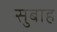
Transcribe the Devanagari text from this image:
सुबाह